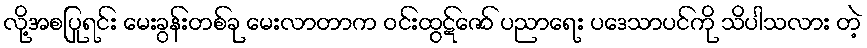
လို့အစပြုရင်း မေးခွန်းတစ်ခု မေးလာတာက ဝင်းထွဋ်ဇော် ပညာရေး ပဒေသာပင်ကို သိပါသလား တဲ့